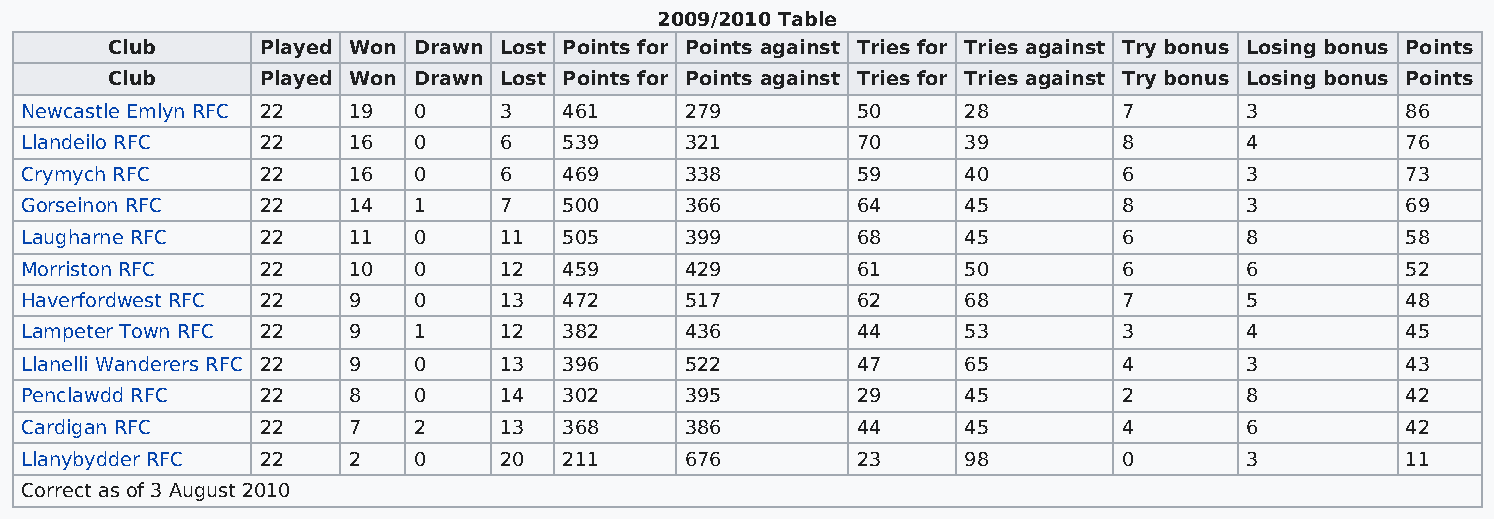
2009/2010 Table
 Club      Played Won Drawn Lost Points for Points against Tries for Tries against Try bonus Losing bonus Points
 Club      Played Won Drawn Lost Points for Points against Tries for Tries against Try bonus Losing bonus Points
 Newcastle Emlyn RFC 22 19 0     3   461     279         50     28        7       3          86
 Llandeilo RFC   22    16  0     6   539     321         70     39        8       4          76
 Crymych RFC     22    16  0     6   469     338         59     40        6       3          73
 Gorseinon RFC   22    14  1     7   500     366         64     45        8       3          69
 Laugharne RFC   22    11  0     11  505     399         68     45        6       8          58
 Morriston RFC   22    10  0     12  459     429         61     50        6       6          52
 Haverfordwest RFC 22  9   0     13  472     517         62     68        7       5          48
 Lampeter Town RFC 22  9   1     12  382     436         44     53        3       4          45
 Llanelli Wanderers RFC 22 9 0   13  396     522         47     65        4       3          43
 Penclawdd RFC   22    8   0     14  302     395         29     45        2       8          42
 Cardigan RFC    22    7   2     13  368     386         44     45        4       6          42
 Llanybydder RFC 22    2   0     20  211     676         23     98        0       3          11
 Correct as of 3 August 2010